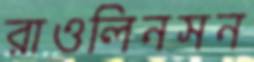
রাওলিনসন